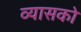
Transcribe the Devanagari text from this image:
व्यासको